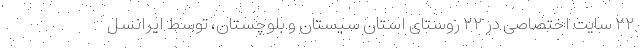
۲۲ سایت اختصاصی در ۲۲ روستای استان سیستان و بلوچستان، توسط ایرانسل